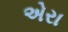
એરા